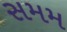
સમમ